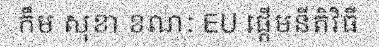
កឹម សុខា ខណៈ EU ផ្តើមនីតិវិធី